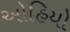
ઓહિયો